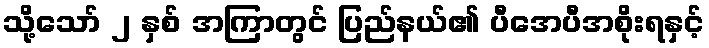
သို့သော် ၂ နှစ် အကြာတွင် ပြည်နယ်၏ ပီအေပီအစိုးရနှင့်